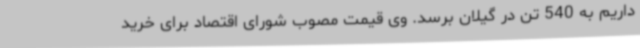
داریم به 540 تن در گیلان برسد. وی قیمت مصوب شورای اقتصاد برای خرید